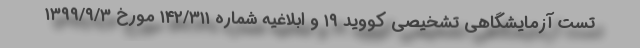
تست آزمایشگاهی تشخیصی کووید ۱۹ و ابلاغیه شماره ۱۴۲/۳۱۱ مورخ ۱۳۹۹/۹/۳